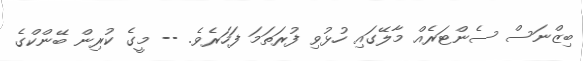
ބިޒްނަސް ސެންޓަރެއް މާލޭގައި ހުޅުވި ފުރަތަމަ ފަހަރެވެ. -- މީގެ ކުރިން ބޭންކްގެ